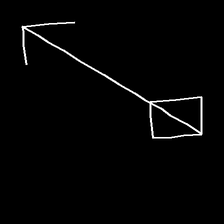
Glyph: focus